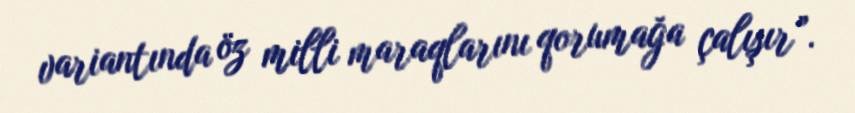
variantında öz milli maraqlarını qorumağa çalışır”.